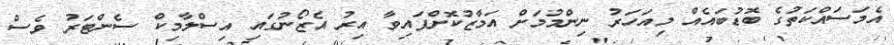
އެމަސައްކަތުގެ ބޮޑުބައެއް މިއަހަރު ނިންމުމަށް އަމާޒުކޮށްފައިވާ އިރު އެޒޯނުގައި އިސްލާމިކް ސެންޓަރު ވެސް